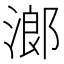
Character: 𱧧